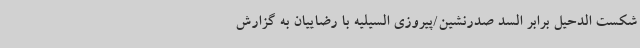
شکست الدحیل برابر السد صدرنشین/پیروزی السیلیه با رضاییان به گزارش